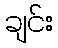
ချင်း